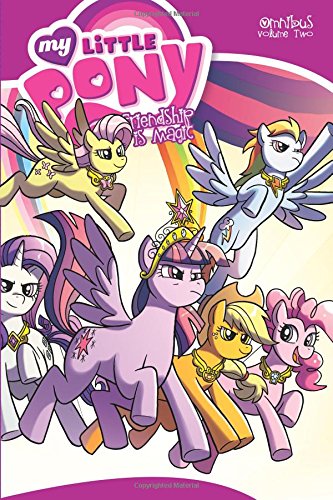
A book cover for My Little Pony Omnibus Volume 2 (My Little Pony Omnibus Tp); Heather Nuhfer; Children's Books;